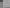
国